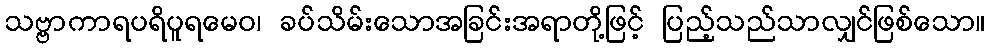
သဗ္ဗာကာရပရိပူရမေဝ၊ ခပ်သိမ်းသောအခြင်းအရာတို့ဖြင့် ပြည့်သည်သာလျှင်ဖြစ်သော။